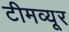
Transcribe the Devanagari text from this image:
टीमव्यूर